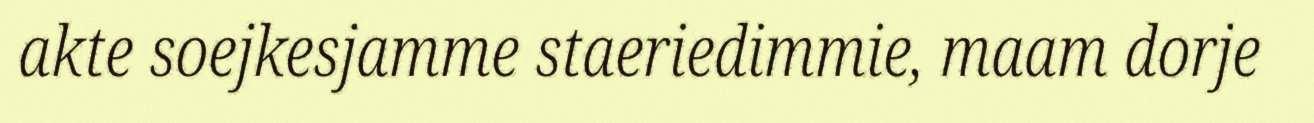
akte soejkesjamme staeriedimmie, maam dorje